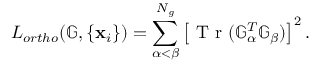
L _ { o r t h o } ( { \mathbb G } , \{ \mathbf x _ { i } \} ) = \sum _ { \alpha < \beta } ^ { N _ { g } } \left[ \mathrm { ~ T ~ r ~ } ( { \mathbb G } _ { \alpha } ^ { T } { \mathbb G } _ { \beta } ) \right] ^ { 2 } .